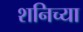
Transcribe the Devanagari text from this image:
शनिच्या